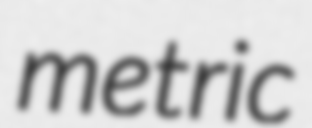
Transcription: metric